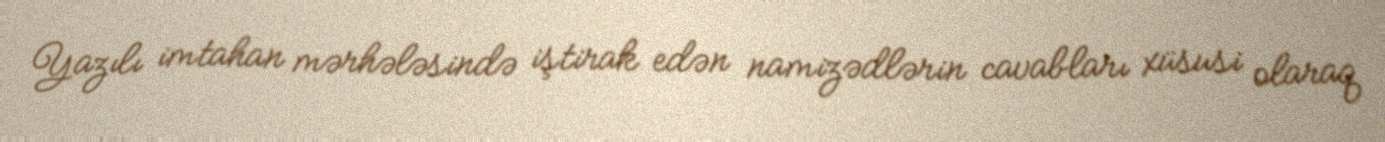
Yazılı imtahan mərhələsində iştirak edən namizədlərin cavabları xüsusi olaraq